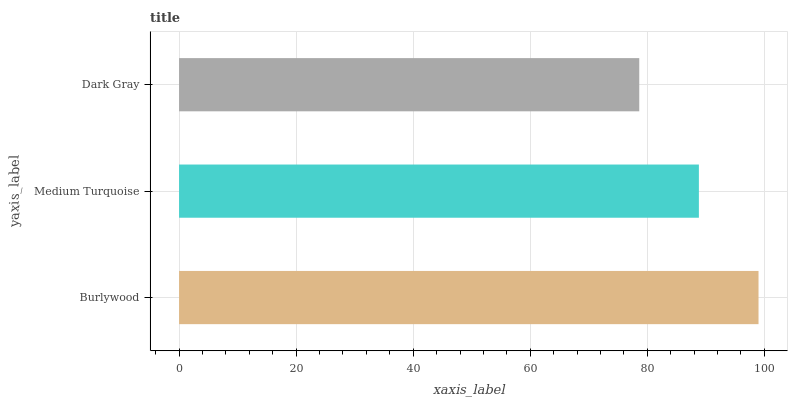
| yaxis_label | bars |
 | --- | --- |
 | Burlywood | 99 |
 | Medium Turquoise | 88.8 |
 | Dark Gray | 78.6 |